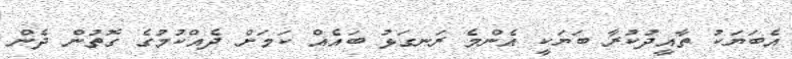
އެބަޔަކު ތާއީދުކުރާ ބަޔަކީ އެންމެ ރަނގަޅު ބައެއް ކަމަށް ދެއްކުމުގެ ގޮތުން ދެން